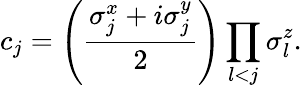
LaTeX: c_{j}=\left(\frac{\sigma_{j}^{x}+i\sigma_{j}^{y}}{2}\right)\prod_{l<j}\sigma_{l}^{z}.